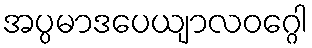
အပ္ပမာဒပေယျာလဝဂ္ဂေါ